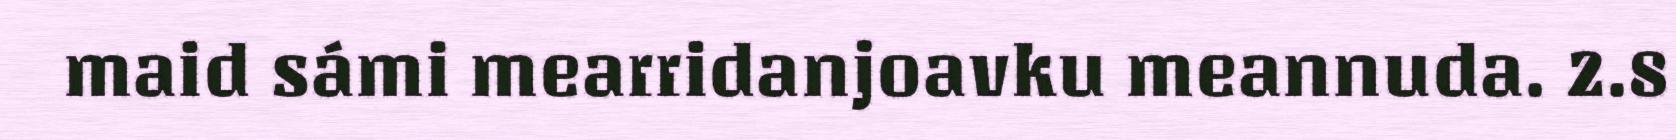
maid sámi mearridanjoavku meannuda. 2.8